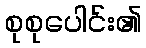
စုစုပေါင်း၏